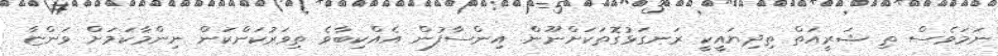
ނަމަވެސް ތި ޝަރީއަތް ތިދިޔައީކީ ރަނގަޅުގޮތަކަށްނޫން. އިންސާފުން އެއްކިބާވެ ތިވަރުކަންކަން ނިންމާކަމަށް ވަންޏާ